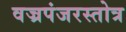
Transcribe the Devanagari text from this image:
वज्रपंजरस्तोत्र